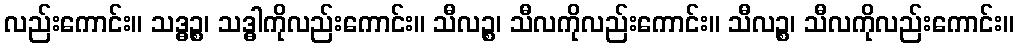
လည်းကောင်း။ သဒ္ဓဉ္စ၊ သဒ္ဓါကိုလည်းကောင်း။ သီလဉ္စ၊ သီလကိုလည်းကောင်း။ သီလဉ္စ၊ သီလကိုလည်းကောင်း။